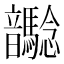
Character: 𩑉